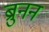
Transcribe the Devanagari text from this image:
ब्रुनन